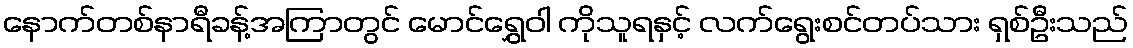
နောက်တစ်နာရီခန့်အကြာတွင် မောင်ရွှေဝါ ကိုသူရနှင့် လက်ရွေးစင်တပ်သား ရှစ်ဦးသည်